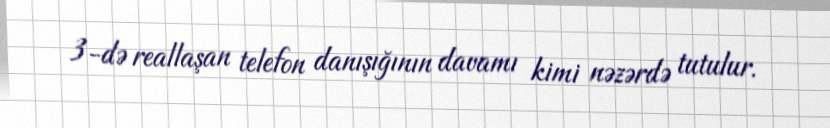
3-də reallaşan telefon danışığının davamı kimi nəzərdə tutulur.